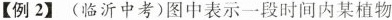
【例2】(临沂中考)图中表示一段时间内某植物